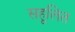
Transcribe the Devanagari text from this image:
सहूलित